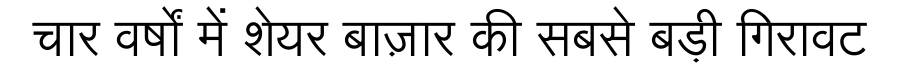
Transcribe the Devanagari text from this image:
चार वर्षों में शेयर बाज़ार की सबसे बड़ी गिरावट